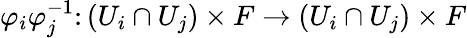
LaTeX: \varphi_{i}\varphi_{j}^{-1}\colon\left(U_{i}\cap U_{j}\right)\times F\to\left(U_{i}\cap U_{j}\right)\times F